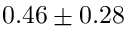
0 . 4 6 \pm 0 . 2 8